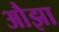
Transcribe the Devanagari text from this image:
औझा